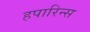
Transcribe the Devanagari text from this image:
हपारिन्स